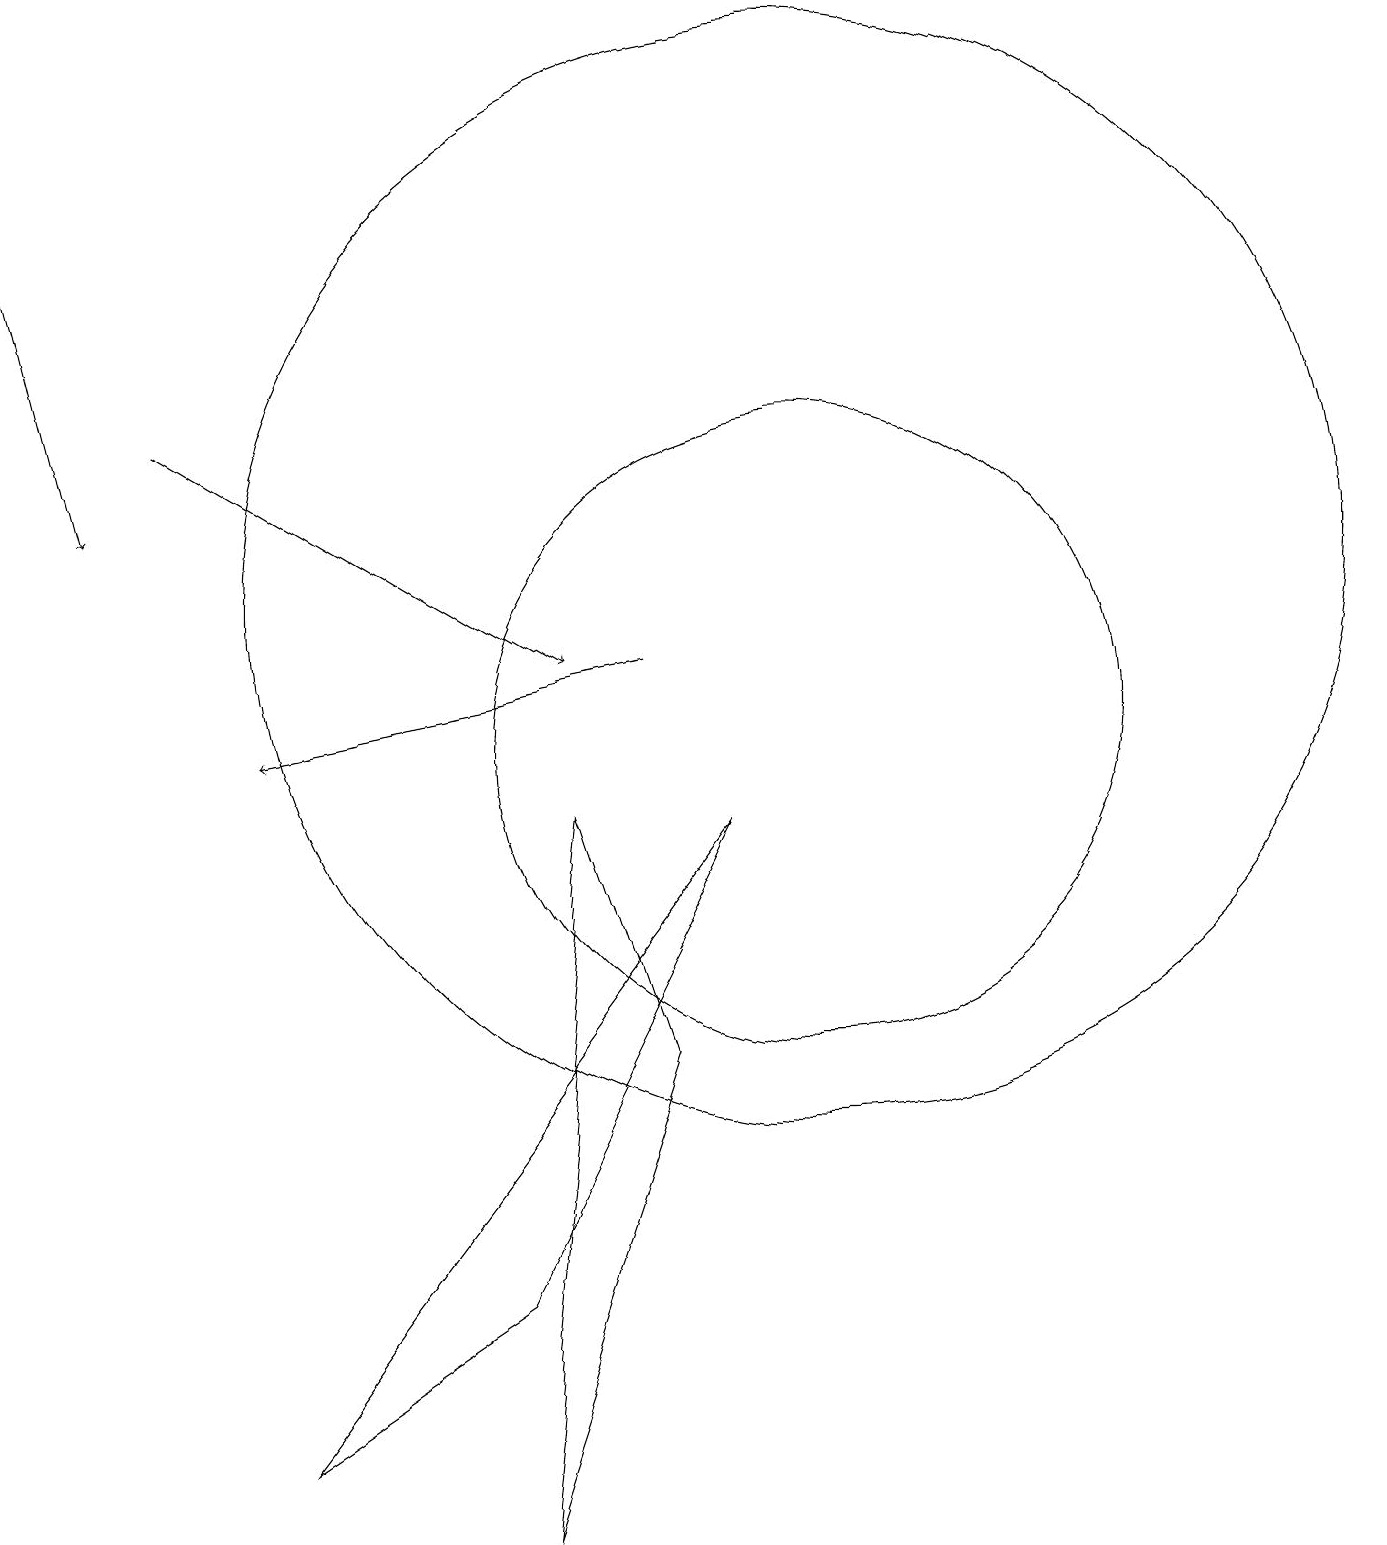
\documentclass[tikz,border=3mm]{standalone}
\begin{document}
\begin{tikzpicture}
\draw[->] (8,11) -- (3,10);
\draw (3,1) -- (6,3) -- (9,9) -- cycle;
\draw[->] (0,17) -- (1,13);
\draw (10,10) circle (4);
\draw (8,6) -- (7,9) -- (6,0) -- cycle;
\draw (10,12) circle (7);
\draw[->] (2,14) -- (7,11);
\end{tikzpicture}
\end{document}